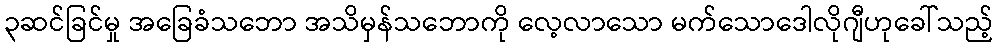
၃ဆင်ခြင်မှု အခြေခံသဘော အသိမှန်သဘောကို လေ့လာသော မက်သောဒေါလိုဂျီဟုခေါ်သည့်